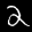
Label: 2